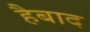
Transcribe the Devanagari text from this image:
हैबाद